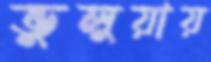
ভুলুয়ায়